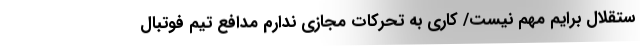
ستقلال برایم مهم نیست/ کاری به تحرکات مجازی ندارم مدافع تیم فوتبال